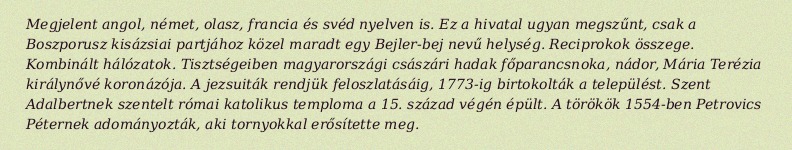
Megjelent angol, német, olasz, francia és svéd nyelven is. Ez a hivatal ugyan megszűnt, csak a Boszporusz kisázsiai partjához közel maradt egy Bejler-bej nevű helység. Reciprokok összege. Kombinált hálózatok. Tisztségeiben magyarországi császári hadak főparancsnoka, nádor, Mária Terézia királynővé koronázója. A jezsuiták rendjük feloszlatásáig, 1773-ig birtokolták a települést. Szent Adalbertnek szentelt római katolikus temploma a 15. század végén épült. A törökök 1554-ben Petrovics Péternek adományozták, aki tornyokkal erősítette meg.